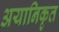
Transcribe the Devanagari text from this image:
अयानिकृत